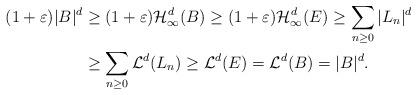
LaTeX: \begin{align*}(1+\varepsilon)\vert B\vert ^d &\geq (1+\varepsilon)\mathcal{H}^{d}_{\infty}(B )\geq (1+\varepsilon)\mathcal{H}^{d}_{\infty}(E)\geq\sum_{n\geq 0}\vert L_n \vert^d \\& \geq \sum_{n\geq 0}\mathcal{L}^d (L_n)\geq \mathcal{L}^d (E)=\mathcal{L}^d (B)=\vert B\vert ^d.\end{align*}